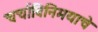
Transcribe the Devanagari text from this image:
चर्चाविनिमयाचे